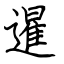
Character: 暹